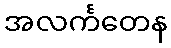
အလင်္ကတေန